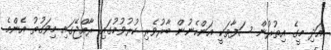
އަދި މީގެ އިތުރުން ސަފާތަކީ އަންހެނުން ބާރުވެރި ކުރުވުމުގައި ރާއްޖޭގައި މިވަގުތު އެންމެ